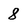
Character: 8